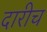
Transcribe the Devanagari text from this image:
दारीच